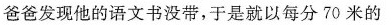
爸爸发现他的语文书没带，于是就以每分70米的